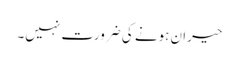
حیران ہونے کی ضرورت نہیں۔